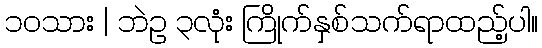
၁၀သား | ဘဲဥ ၃လုံး ကြိုက်နှစ်သက်ရာထည့်ပါ။